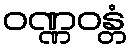
ဝဏ္ဏဝန္တံ